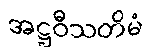
အဋ္ဌဝီသတိမံ